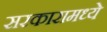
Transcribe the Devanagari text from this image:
सरकारामध्ये